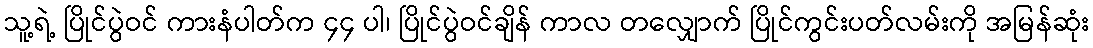
သူ့ရဲ့ ပြိုင်ပွဲဝင် ကားနံပါတ်က ၄၄ ပါ၊ ပြိုင်ပွဲဝင်ချိန် ကာလ တလျှောက် ပြိုင်ကွင်းပတ်လမ်းကို အမြန်ဆုံး